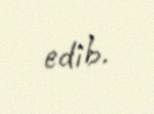
edib.